Report of the King Institute of Preventive Medicine, Guindy
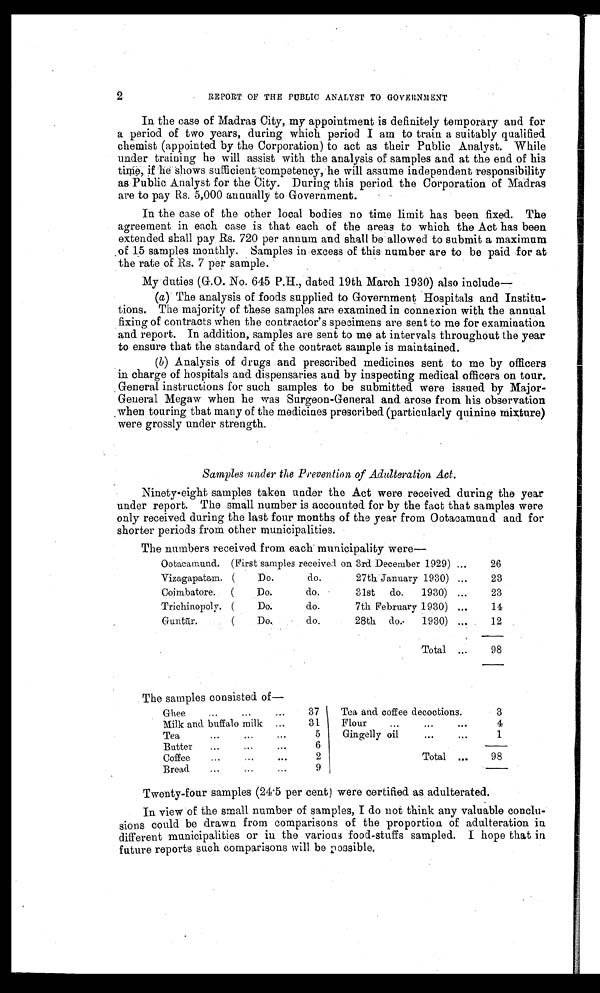
2
REPORT OF THE PUBLIC ANALYST TO GOVERNMENT
In the case of Madras City, my appointment is definitely temporary and for
a period of two years, during which period I am to train a suitably qualified
chemist (appointed by the Corporation) to act as their Public Analyst. While
under training he will assist with the analysis of samples and at the end of his
time, if he Shows sufficient competency, he will assume independent responsibility
as Public Analyst for the City. During this period the Corporation of Madras
are to pay Rs. 5,000 annually to Government.
In the case of the other local bodies no time limit has been fixed. The
agreement in each case is that each of the areas to which the Act has been
extended shall pay Rs. 720 per annum and shall be allowed to submit a maximum
of 15 samples monthly. Samples in excess of this number are to be paid for at
the rate of Rs. 7 per sample.
My duties (G.O. No. 645 P.H., dated 19th March 1930) also include
—
(a) The analysis of foods supplied to Government Hospitals and Institu
- t i o n s . T h e m a j o r i t y o f t h e s e s a m p l e s a r e e x a m i n e d i n c o n n e x i o n w i t h t h e a n n u a l
fixing of contracts when the contractor's specimens are sent to me for examination
and report. In addition, samples are sent to me at intervals throughout the year
to ensure that the standard of the contract sample is maintained.
(b) Analysis of drugs and prescribed medicines sent to me by officers
in charge of hospitals and dispensaries and by inspecting medical officers on tour.
General instructions for such samples to be submitted were issued by Major
- G e n e r a l M e g a w w h e n h e w a s S u r g e o n - G e n e r a l a n d a r o s e f r o m h i s o b s e r v a t i o n
when touring that many of the medicines prescribed (particularly quinine mixture)
were grossly under strength.
Samples under the Prevention of Adulteration Act.
Ninety-eight samples taken under the Act were received during the year
under report. The small number is accounted for by the fact that samples were
only received during the last four months of the year from Ootacamund and for
shorter periods from other municipalities.
The numbers received from each municipality were
—
Ootacamund. (First samples received on 3rd December 1929) . . .
26
Vizagapatam. (Do. do. 27th January 1930) . . .
23
Coimbatore. (Do. do. 31st do.
1930) . . .
23
Trichinopoly. (Do. do. 7th February 1930) . . .
14
Guntūr. (Do. do. 28th do. 1930) . . .
12
Total . . .
98
The samples consisted of
Ghee ... ... ...
37
Milk and buffalo milk ... ... ...
31
Tea ... ... ...
5
Butter ... ... ...
6
Coffee ... ... ...
2
Bread ... ... ...
9
Tea and coffee decoctions.
3
Flour ... ... ...
4
Gingelly oil ... ...
1
Total ...
98
Twenty-four samples (24.5 per cent) were certified as adulterated.
In view of the small number of samples, I do not think any valuable conclu
sions could be drawn from comparisons of the proportion of adulteration in
different municipalities or in the various food-stuffs sampled. I hope that in
future reports such comparisons will be possible.